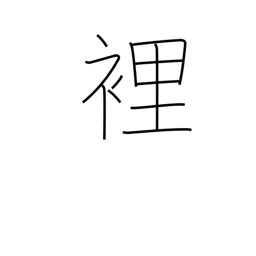
Meaning: palm